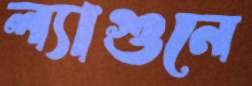
ল্যাগুনে